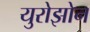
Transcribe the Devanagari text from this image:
युरोझोन